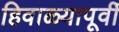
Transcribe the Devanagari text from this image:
हिवाळ्यापूर्वी